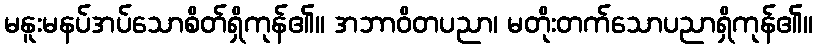
မနူးမနပ်အပ်သောစိတ်ရှိကုန်၏။ အဘာဝိတပညာ၊ မတိုးတက်သောပညာရှိကုန်၏။